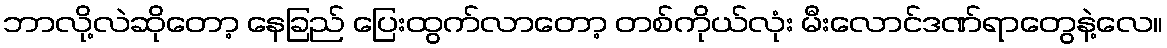
ဘာလို့လဲဆိုတော့ နေခြည် ပြေးထွက်လာတော့ တစ်ကိုယ်လုံး မီးလောင်ဒဏ်ရာတွေနဲ့လေ။